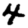
Digit: 4